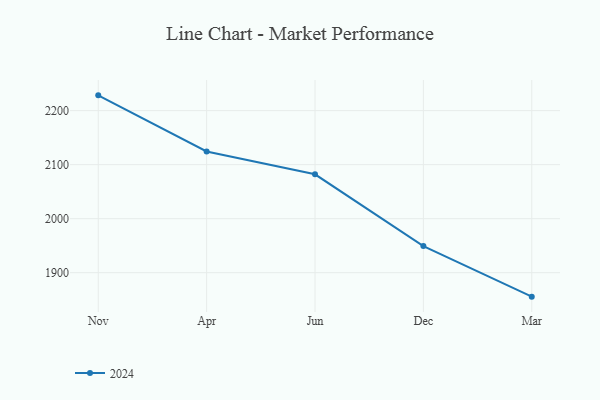
{"axis": {"x": "Month", "y": "Demand Index"}, "legend": ["2024"], "data": [{"x": "Nov", "y": 2228.3, "type": "2024"}, {"x": "Apr", "y": 2124.4, "type": "2024"}, {"x": "Jun", "y": 2082.1, "type": "2024"}, {"x": "Dec", "y": 1949.2, "type": "2024"}, {"x": "Mar", "y": 1855.6, "type": "2024"}]}